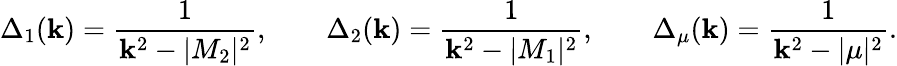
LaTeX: \Delta_{1}(\mathbf{k})={\frac{{1}}{{\mathbf{k}^{2}-|M_{2}|^{2}}}},\qquad\Delta_{2}(\mathbf{k})={\frac{{1}}{{\mathbf{k}^{2}-|M_{1}|^{2}}}},\qquad\Delta_{\mu}(\mathbf{k})={\frac{{1}}{{\mathbf{k}^{2}-|\mu|^{2}}}}.